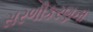
સરળીકરણના